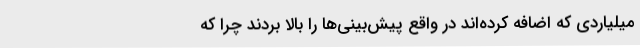
میلیاردی که اضافه کرده‌اند در واقع پیش‌بینی‌ها را بالا بردند چرا که